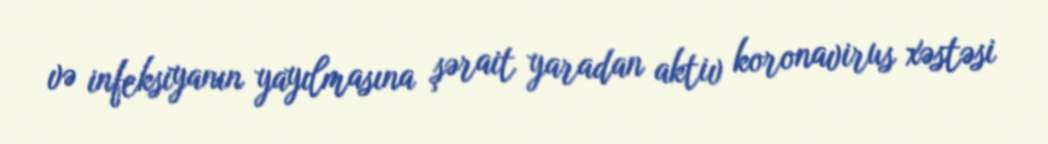
və infeksiyanın yayılmasına şərait yaradan aktiv koronavirus xəstəsi